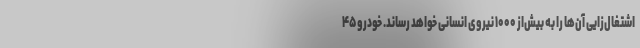
اشتغال‌زایی آن‌ها را به بیش‌از ۱۰۰۰ نیروی انسانی خواهد رساند. خودرو۴۵